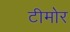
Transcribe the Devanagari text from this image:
टीमोर